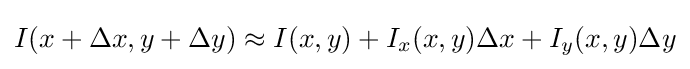
I(x+\Delta x,y+\Delta y)\approx I(x,y)+I_{x}(x,y)\Delta x+I_{y}(x,y)\Delta y